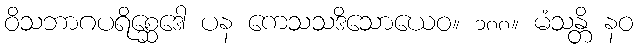
ဝိသဘာဂပရိစ္ဆေဒေါ ပန ကေသသဒိသောယေဝ။ ၁၈၈။ မံသန္တိ နဝ